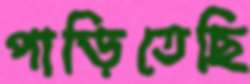
পাড়িতেছি